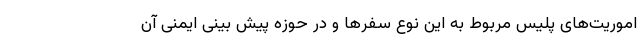
اموریت‌های پلیس مربوط به این نوع سفرها و در حوزه پیش بینی ایمنی آن